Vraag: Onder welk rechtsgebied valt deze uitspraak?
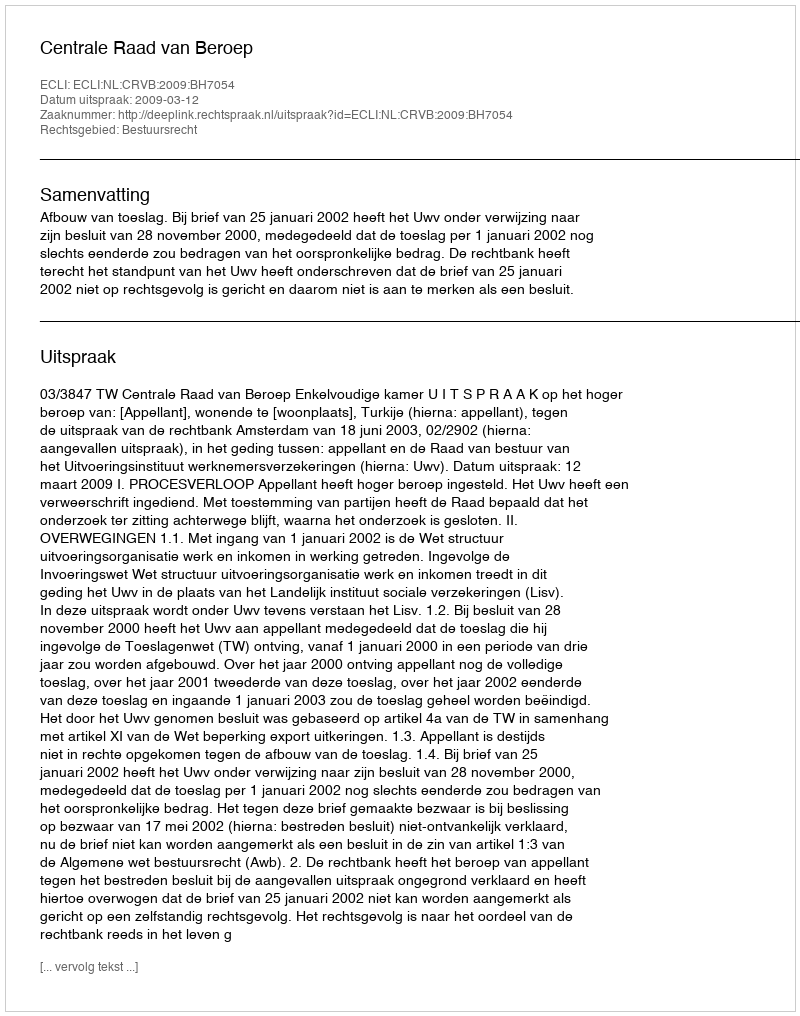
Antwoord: Bestuursrecht